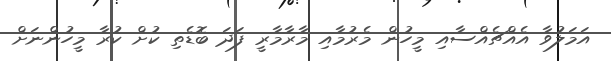
އަމަލުވާ އެއްޗެއްސާއި މީހުން މެރުމާއި މާރާމާރީ ފަދަ ބޮޑެތި ކުށް ކުރާ މީހުންނަށް